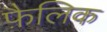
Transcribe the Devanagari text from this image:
फ़ैलिक